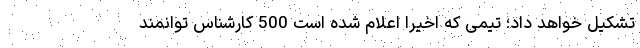
تشکیل خواهد داد؛ تیمی که اخیراً اعلام شده است 500 کارشناس توانمند